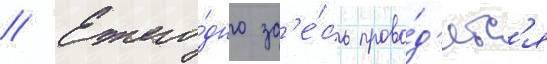
// Ежего́дно зд'е́сь прово́д'ятс'я